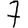
Digit: 7